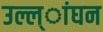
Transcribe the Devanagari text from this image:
उल्ल्ांघन